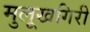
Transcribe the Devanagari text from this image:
मुलूखगिरी